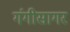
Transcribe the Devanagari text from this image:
गंगीसागर